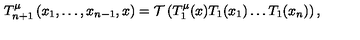
T _ { n + 1 } ^ { \mu } \left( x _ { 1 } , \ldots , x _ { n - 1 } , x \right) = { \cal T } \left( T _ { 1 } ^ { \mu } ( x ) T _ { 1 } ( x _ { 1 } ) \ldots T _ { 1 } ( x _ { n } ) \right) ,